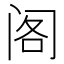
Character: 阁